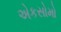
એકસોમો